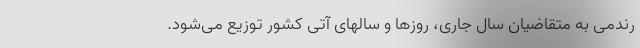
رندمی به متقاضیان سال جاری، روزها و سالهای آتی کشور توزیع می‌شود.